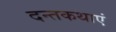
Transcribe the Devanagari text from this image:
दन्तकथाएं